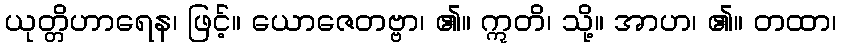
ယုတ္တိဟာရေန၊ ဖြင့်။ ယောဇေတဗ္ဗာ၊ ၏။ ဣတိ၊ သို့။ အာဟ၊ ၏။ တထာ၊